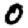
Digit: 0